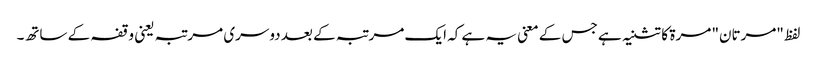
لفظ "مرتان" مرۃ کا تثنیہ ہے جس کے معنی یہ ہے کہ ایک مرتبہ کے بعد دوسری مرتبہ یعنی وقفہ کے ساتھ۔